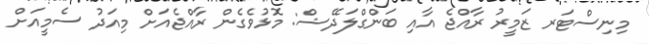
މިނިސްޓަރ ޒަމީރު ރާއްޖެ އާއި ބަންގްލަދޭޝް: މޮޅުވެގެން ރާއްޖެއަށް މިއަދު ސެމީއަށް